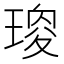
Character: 𤧯